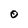
Character: 0